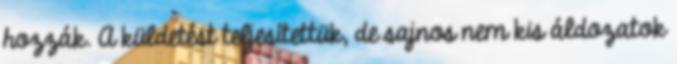
hozzák. A küldetést teljesítettük, de sajnos nem kis áldozatok